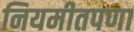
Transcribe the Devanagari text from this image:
नियमीतपणा